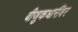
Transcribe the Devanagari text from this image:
बीजुकधारींवर